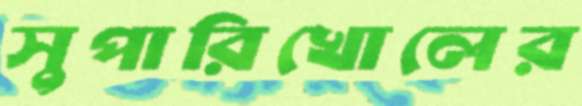
সুপারিখোলের